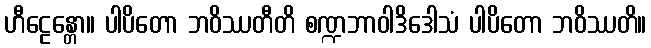
ဟီဠေန္တော။ ပါပိတော ဘဝိဿတီတိ စဏ္ဍဘာဝါဒိဒေါသံ ပါပိတော ဘဝိဿတိ။